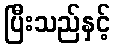
ပြီးသည်နှင့်